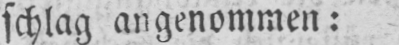
schlag angenommen: